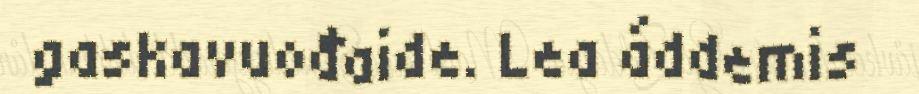
gaskavuođaide. Lea áddemis